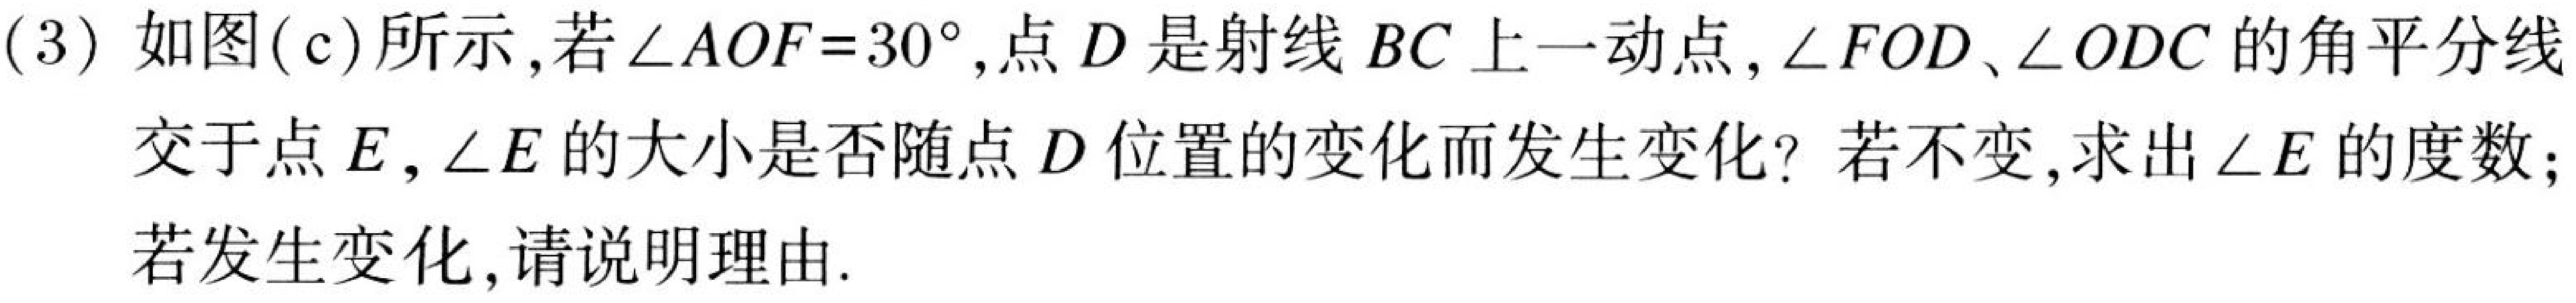
(3)如图(c)所示,若\(\angle AOF = 30^{\circ}\),点\(D\)是射线\(BC\)上一动点,\(\angle FOD\)、\(\angle ODC\)的角平分线交于点\(E\),\(\angle E\)的大小是否随点\(D\)位置的变化而发生变化?若不变,求出\(\angle E\)的度数;若发生变化,请说明理由.